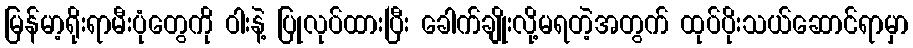
မြန်မာ့ရိုးရာမီးပုံတွေကို ဝါးနဲ့ ပြုလုပ်ထားပြီး ခေါက်ချိုးလို့မရတဲ့အတွက် ထုပ်ပိုးသယ်ဆောင်ရာမှာ